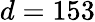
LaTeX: d=153